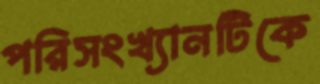
পরিসংখ্যানটিকে